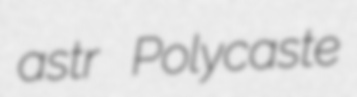
astr Polycaste